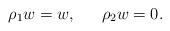
LaTeX: \begin{align*}\rho_1 w =w, \,\,\,\,\,\,\,\,\, \rho_2 w=0.\end{align*}